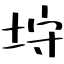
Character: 垨